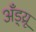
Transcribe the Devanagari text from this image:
अँड्य्रू